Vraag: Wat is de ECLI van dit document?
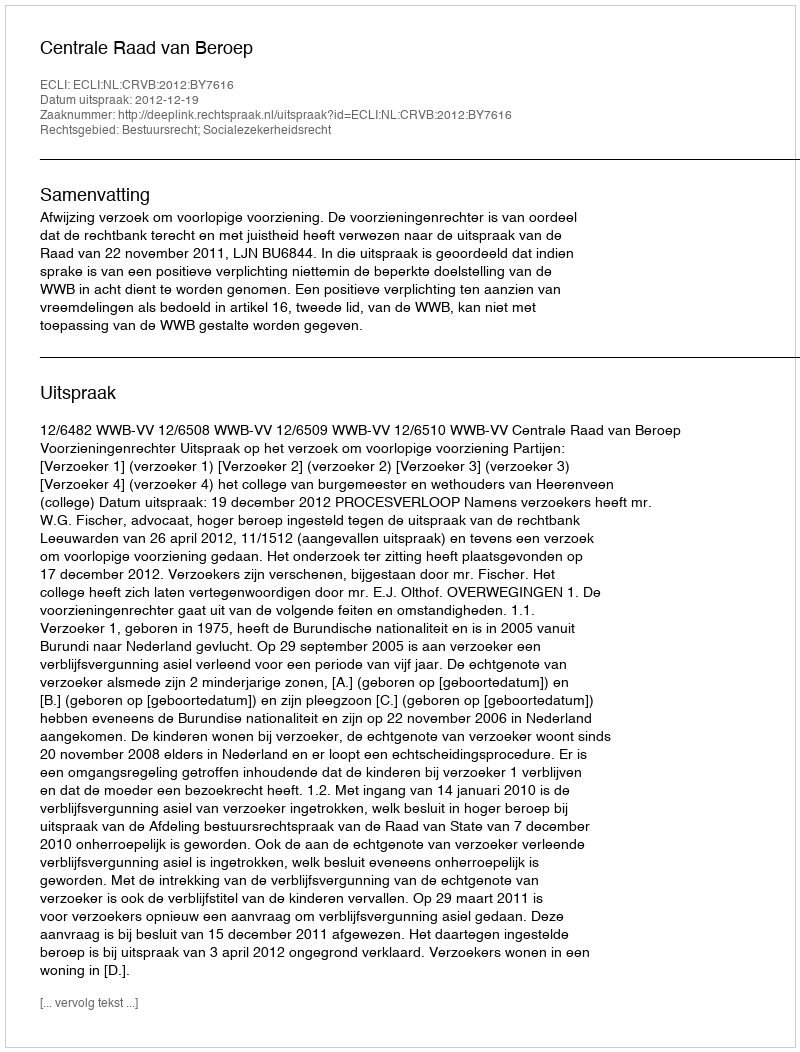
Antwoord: ECLI:NL:CRVB:2012:BY7616